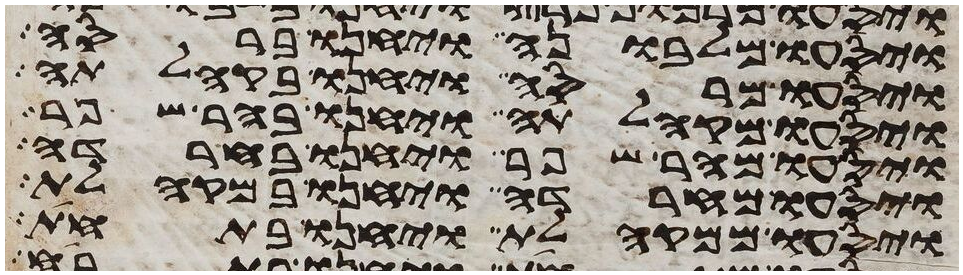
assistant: ויסעו מלבונה ויחנו ברסה
ויסעו מרסה ויחנו בקהלתה
ויסעו מקהלתה ויחנו בהר שפר
ויסעו מהר שפר ויחנו בחרדה
ויסעו מחרדה ויחנו במקהלת
ויסעו ממקהלת ויחנו בתחת